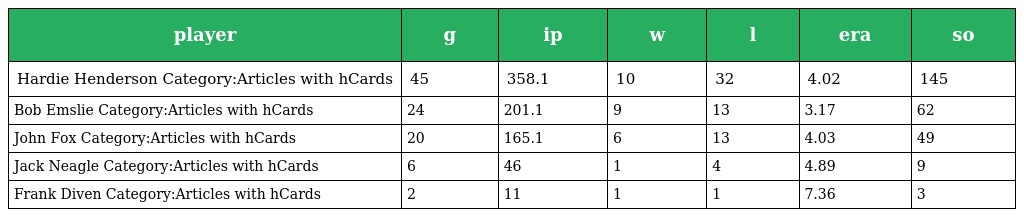
| player | g | ip | w | l | era | so |
 | --- | --- | --- | --- | --- | --- | --- |
 | Hardie Henderson Category:Articles with hCards | 45 | 358.1 | 10 | 32 | 4.02 | 145 |
 | Bob Emslie Category:Articles with hCards | 24 | 201.1 | 9 | 13 | 3.17 | 62 |
 | John Fox Category:Articles with hCards | 20 | 165.1 | 6 | 13 | 4.03 | 49 |
 | Jack Neagle Category:Articles with hCards | 6 | 46 | 1 | 4 | 4.89 | 9 |
 | Frank Diven Category:Articles with hCards | 2 | 11 | 1 | 1 | 7.36 | 3 |